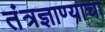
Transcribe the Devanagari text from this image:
तंत्रज्ञाण्याचा